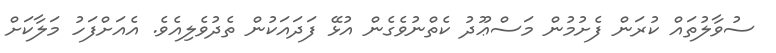
ސުވާލުތައް ކުރަން ފެށުމުން މަސްޢޫދު ކެތްނުވެގެން އުޅޭ ފަދައަކުން ތެދުވެލިއެވެ. އެއަށްފަހު މަލާކަށް